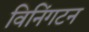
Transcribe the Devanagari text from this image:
विनिंगटन